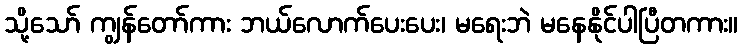
သို့သော် ကျွန်တော်ကား ဘယ်လောက်ပေးပေး၊ မရေးဘဲ မနေနိုင်ပါပြီတကား။